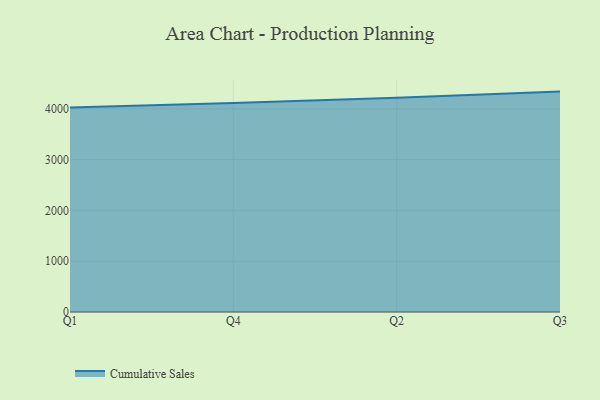
{"axis": {"x": "Quarter", "y": "Waste Production (Tons)"}, "legend": ["Cumulative Sales"], "data": [{"x": "Q1", "y": 4025.7, "type": "Cumulative Sales"}, {"x": "Q4", "y": 4114.5, "type": "Cumulative Sales"}, {"x": "Q2", "y": 4220.7, "type": "Cumulative Sales"}, {"x": "Q3", "y": 4339.8, "type": "Cumulative Sales"}]}